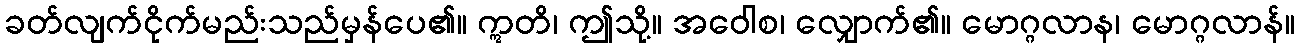
ခတ်လျက်ငိုက်မည်းသည်မှန်ပေ၏။ ဣတိ၊ ဤသို့။ အဝေါစ၊ လျှောက်၏။ မောဂ္ဂလာန၊ မောဂ္ဂလာန်။